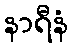
နာရီနံ